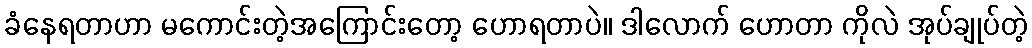
ခံနေရတာဟာ မကောင်းတဲ့အကြောင်းတော့ ဟောရတာပဲ။ ဒါလောက် ဟောတာ ကိုလဲ အုပ်ချုပ်တဲ့